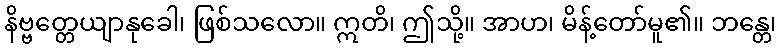
နိဗ္ဗတ္တေယျာနုခေါ၊ ဖြစ်သလော။ ဣတိ၊ ဤသို့။ အာဟ၊ မိန့်တော်မူ၏။ ဘန္တေ၊